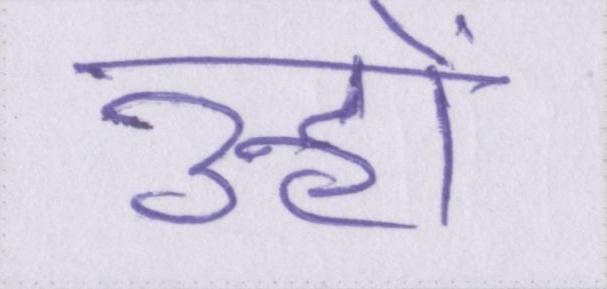
उन्हों